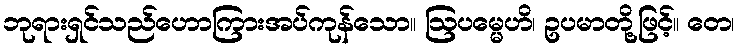
ဘုရားရှင်သည်ဟောကြားအပ်ကုန်သော။ ဩပမ္မေဟိ၊ ဥပမာတို့ဖြင့်။ တေ၊